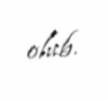
olub.